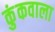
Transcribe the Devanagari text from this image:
कुंकवाला